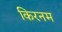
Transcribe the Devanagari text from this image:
किरनम